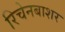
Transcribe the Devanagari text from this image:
रिचेनबाशर